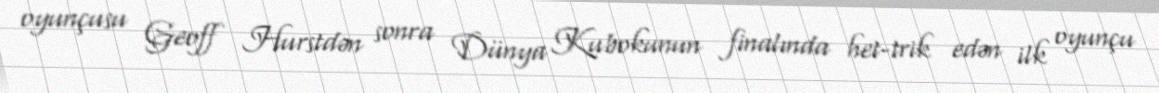
oyunçusu Geoff Hurstdən sonra Dünya Kubokunun finalında het-trik edən ilk oyunçu